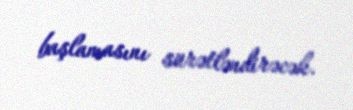
başlamasını sürətləndirəcək.